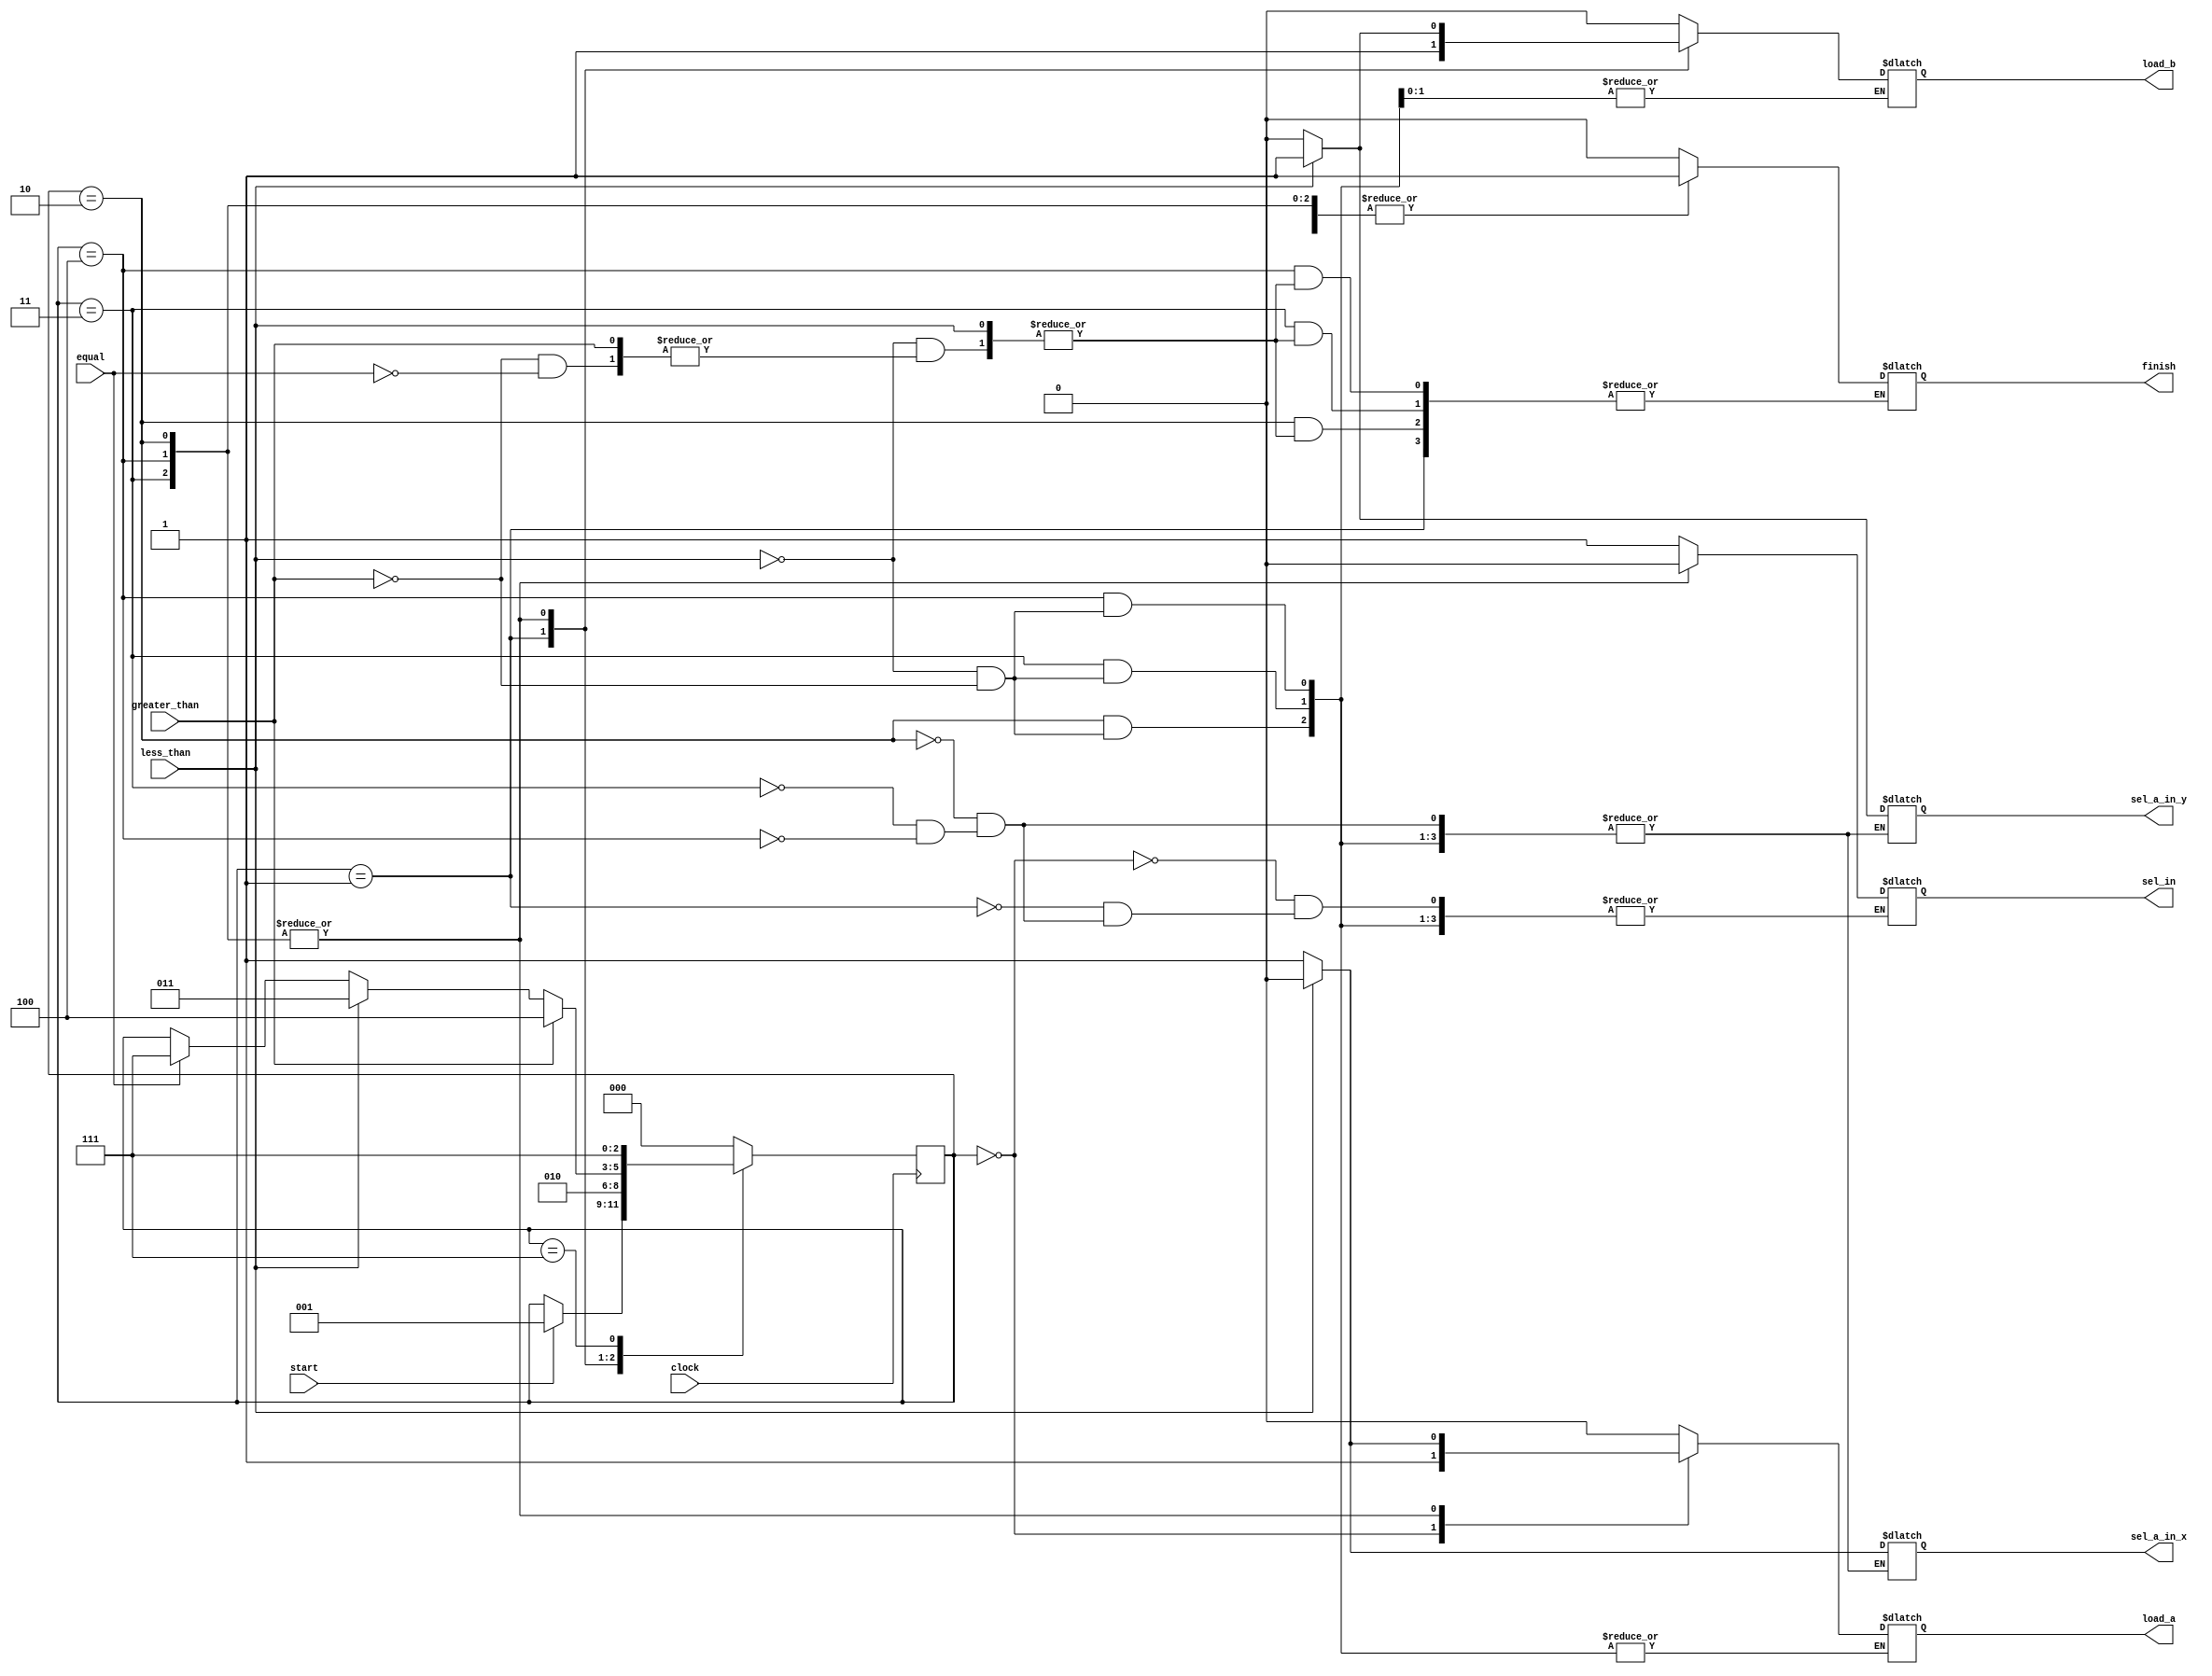
// check the design in the 'design/' folder
module gcd_control (clock, start, less_than, equal, greater_than, sel_in, load_a, load_b, sel_a_in_x, sel_a_in_y, finish);
  input clock, start, less_than, equal, greater_than;
  output reg sel_in, load_a, load_b, sel_a_in_x, sel_a_in_y, finish;

  parameter state_start=3'b000, state_read_a=3'b001, state_read_b=3'b010, state_a_lt_b=3'b011, state_a_gt_b=3'b100, state_finish=3'b111;
  reg [2:0] cur_state;

  // need to give the load signals sime time to propagate before doing state
  // transition
  always @(posedge clock)
    case (cur_state)
      state_start: if (start) cur_state <= state_read_a;
      state_read_a: begin #1; cur_state <= state_read_b; end
      state_read_b: begin
        #1;
        if (equal) cur_state <= state_finish;
        if (less_than) cur_state <= state_a_lt_b;
        if (greater_than) cur_state <= state_a_gt_b;
      end
      state_a_lt_b: begin
        #1;
        if (equal) cur_state <= state_finish;
        if (less_than) cur_state <= state_a_lt_b;
        if (greater_than) cur_state <= state_a_gt_b;
      end
      state_a_gt_b: begin
        #1;
        if (equal) cur_state <= state_finish;
        if (less_than) cur_state <= state_a_lt_b;
        if (greater_than) cur_state <= state_a_gt_b;
      end
      state_finish: cur_state <= state_finish;
      default: cur_state <= state_start;
    endcase

  always @(cur_state)
    case (cur_state)
      state_start: begin 
        sel_in <= 1; 
        load_a <= 1;
        load_b <= 0;
        finish <= 0;
      end
      state_read_a: begin
        sel_in <= 1;
        load_a <= 0;
        load_b <= 1;
      end
      state_read_b: begin 
        load_b <= 0;
        if (less_than) begin 
          sel_in <= 0; sel_a_in_x <= 0; sel_a_in_y <= 1; 
          #1; load_b <= 1; load_a <= 0;
        end
        else if (greater_than) begin 
          sel_in <= 0; sel_a_in_x <= 1; sel_a_in_y <= 0; 
          #1; load_a <= 1; load_b <= 0;
        end
        else if (equal) finish <= 1;
      end
      state_a_lt_b: begin 
        if (less_than) begin 
          sel_in <= 0; sel_a_in_x <= 0; sel_a_in_y <= 1; 
          #1; load_b <= 1; load_a <= 0;
        end
        else if (greater_than) begin 
          sel_in <= 0; sel_a_in_x <= 1; sel_a_in_y <= 0; 
          #1; load_a <= 1; load_b <= 0;
        end
        else if (equal) finish <= 1;
      end
      state_a_gt_b: begin 
        if (less_than) begin 
          sel_in <= 0; sel_a_in_x <= 0; sel_a_in_y <= 1; 
          #1; load_b <= 1; load_a <= 0;
        end
        else if (greater_than) begin 
          sel_in <= 0; sel_a_in_x <= 1; sel_a_in_y <= 0; 
          #1; load_a <= 1; load_b <= 0;
        end
        else if (equal) finish <= 1;
      end
      state_finish: begin 
        finish <= 1; 
        load_a <= 0; load_b <= 0;
      end
      default: begin load_a <= 0; load_b <= 0; finish <= 0; end
    endcase
endmodule